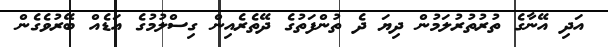
އަދި އޭނާގެ ތުރުތުރުލަމުން ދިޔަ ދެ ތުންފަތުގެ ދޭތެރެއިން ގިސްލުމުގެ އަޑެއް ބޭރުވެގެން